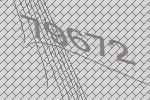
79672